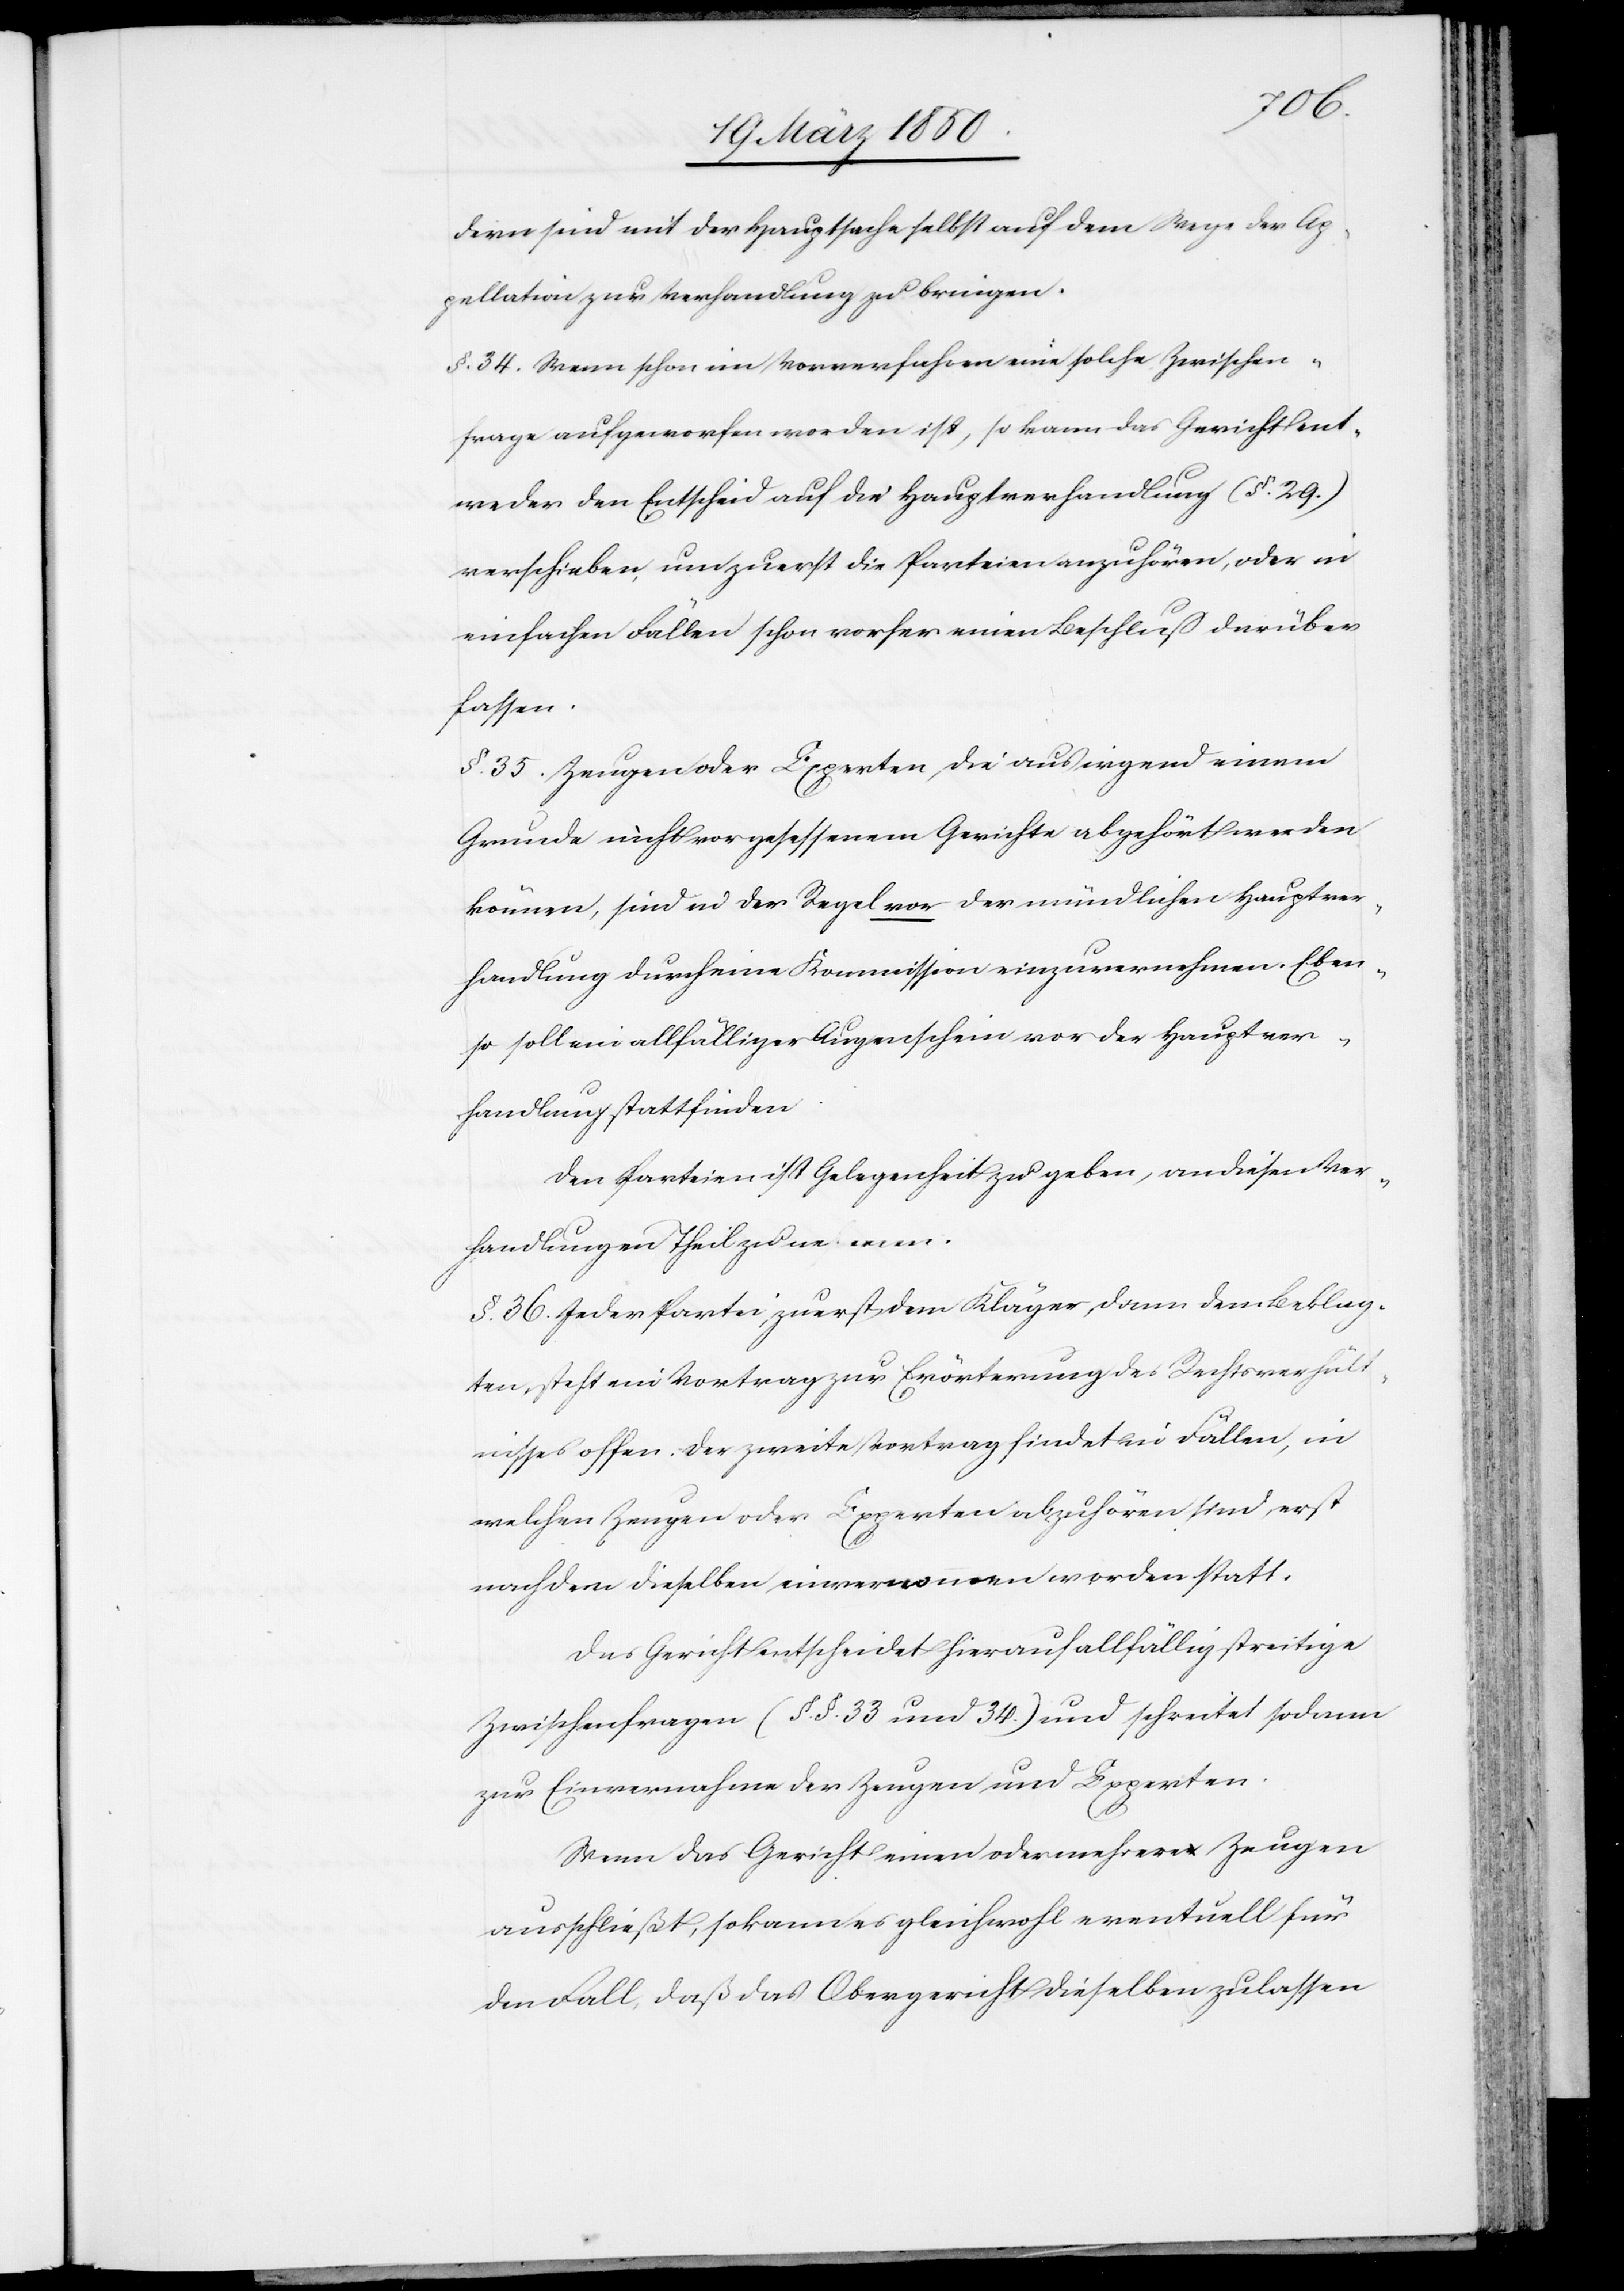
dern sind mit der Hauptsache selbst auf dem Wege der Ap¬
pellation zur Verhandlung zu bringen.
§. 34. Wenn schon im Vorverfahren eine solche Zwischen¬
frage aufgeworfen worden ist, so kann das Gericht ent¬
weder den Entscheid auf die Hauptverhandlung (§. 29.)
verschieben, um zuerst die Parteien anzuhören, oder in
einfachen Fällen schon vorher einen Beschluß darüber
fassen.
§. 35. Zeugen oder Experten, die aus irgend einem
Grunde nicht vor gesessenem Gerichte abgehört werden
können, sind in der Regel vor der mündlichen Hauptver¬
handlung durch eine Kommission einzuvernehmen. Eben¬
so soll ein allfälliger Augenschein vor der Hauptver¬
handlung stattfinden.
Den Parteien ist Gelegenheit zu geben, an diesen Ver¬
handlungen Theil zu nehmen.
§. 36. Jeder Partei, zuerst dem Kläger, dann dem Beklag¬
ten, steht ein Vortrag zur Erörterung des Rechtsverhält¬
nisses offen. Der zweite Vortrag findet in Fällen, in
welchen Zeugen oder Experten abzuhören sind, erst
nachdem dieselben einvernommen worden statt.
Das Gericht entscheidet hierauf allfällig streitige
Zwischenfragen (§. §. 33 und 34.) und schreitet sodann
zur Einvernahme der Zeugen und Experten.
Wenn das Gericht einen oder mehrere Zeugen
ausschließt, so kann es gleichwohl eventuell für
den Fall, daß das Obergericht dieselben zulassen